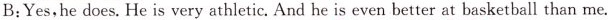
B:Yes,he does. He is very athletic. And he is even better at basketball than me.